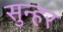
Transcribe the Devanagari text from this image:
सुन्हर